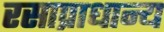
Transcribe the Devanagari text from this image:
रसाप्राधान्य